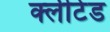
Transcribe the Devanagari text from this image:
क्लीटेड